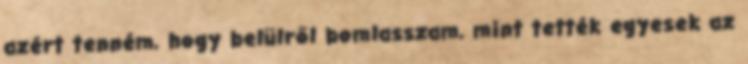
azért tenném, hogy belülről bom­lasszam, mint tették egyesek az